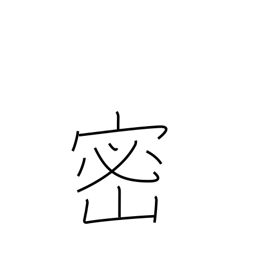
Meaning: density (pop)